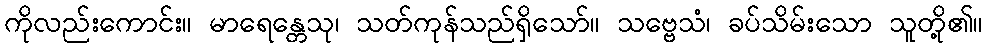
ကိုလည်းကောင်း။ မာရေန္တေသု၊ သတ်ကုန်သည်ရှိသော်။ သဗ္ဗေသံ၊ ခပ်သိမ်းသော သူတို့၏။